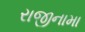
રાજીનામા